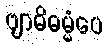
ဗျာဓိဓမ္မံပေ